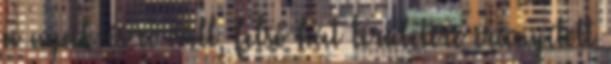
a nyak és a váll, felső hát területére irányított